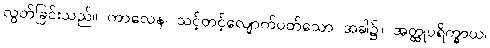
လွတ်ခြင်းသည်။ ကာလေန၊ သင့်တင့်လျောက်ပတ်သော အခါ၌။ အတ္ထုပရိက္ခာယ၊